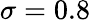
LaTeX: \sigma=0.8